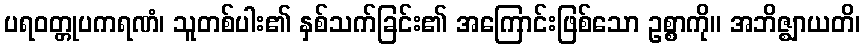
ပရဝတ္တုပကရဏံ၊ သူတစ်ပါး၏ နှစ်သက်ခြင်း၏ အကြောင်းဖြစ်သော ဥစ္စာကို။ အဘိဇ္ဈာယတိ၊